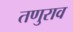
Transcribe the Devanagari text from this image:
तणुराव